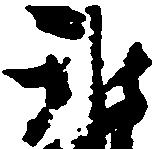
雅